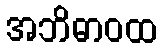
အဘိဓာဝထ